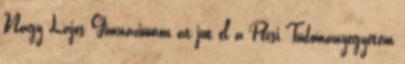
Nagy Lajos Gimnáziumon át jut el a Pécsi Tudományegyetem